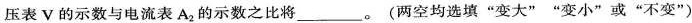
压表V的示数与电流表A_{2}的示数之比将___。(两空均选填”变大””变小”或”不变”)